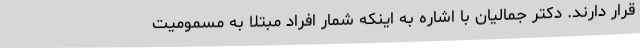
قرار دارند. دکتر جمالیان با اشاره به اینکه شمار افراد مبتلا به مسمومیت